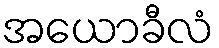
အယောခီလံ